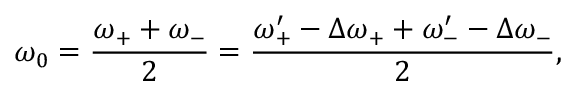
\omega _ { 0 } = \frac { \omega _ { + } + \omega _ { - } } { 2 } = \frac { \omega _ { + } ^ { \prime } - \Delta \omega _ { + } + \omega _ { - } ^ { \prime } - \Delta \omega _ { - } } { 2 } ,